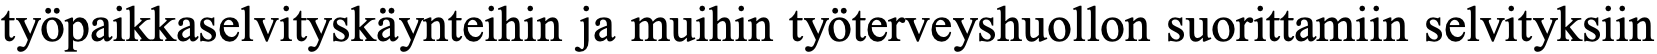
työpaikkaselvityskäynteihin ja muihin työterveyshuollon suorittamiin selvityksiin